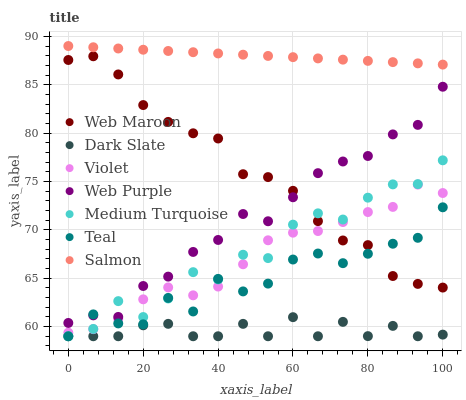
| xaxis_label | Web Maroon | Dark Slate | Violet | Web Purple | Medium Turquoise | Teal | Salmon |
 | --- | --- | --- | --- | --- | --- | --- | --- |
 | 0 | 87.6 | 59 | 59.4 | 60.4 | 59 | 59 | 89 |
 | 6.67 | 87.9 | 59 | 59.7 | 61.2 | 59.8 | 61.3 | 88.9 |
 | 13.3 | 86.1 | 59 | 60.8 | 61 | 62.6 | 60.3 | 88.7 |
 | 20 | 82.9 | 60.1 | 62.8 | 64.2 | 61 | 60.2 | 88.6 |
 | 26.7 | 81.2 | 60.3 | 64 | 65.2 | 62.9 | 63 | 88.5 |
 | 33.3 | 80 | 59 | 63.2 | 67.7 | 65.6 | 61.6 | 88.4 |
 | 40 | 79.4 | 59 | 64.1 | 69 | 64.9 | 64.9 | 88.2 |
 | 46.7 | 75.7 | 60.3 | 66.4 | 71.6 | 67.4 | 63.6 | 88.1 |
 | 53.3 | 75.5 | 59 | 68.9 | 70.9 | 67.1 | 64.4 | 88 |
 | 60 | 74 | 61 | 69.7 | 73.4 | 70.5 | 66.9 | 87.8 |
 | 66.7 | 70.9 | 59 | 69.9 | 75.9 | 71.7 | 67.6 | 87.7 |
 | 73.3 | 68.9 | 60.5 | 70.8 | 77.1 | 71.1 | 66.6 | 87.6 |
 | 80 | 68.4 | 59 | 71.8 | 77.6 | 73.3 | 67.5 | 87.5 |
 | 86.7 | 65.2 | 60.1 | 72.4 | 79.9 | 74.7 | 68.6 | 87.3 |
 | 93.3 | 64.4 | 59 | 74.7 | 80.8 | 74.7 | 69.2 | 87.2 |
 | 100 | 64 | 59.2 | 73.8 | 84.8 | 77.2 | 72.3 | 87.1 |